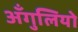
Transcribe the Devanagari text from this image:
अँगुलियो